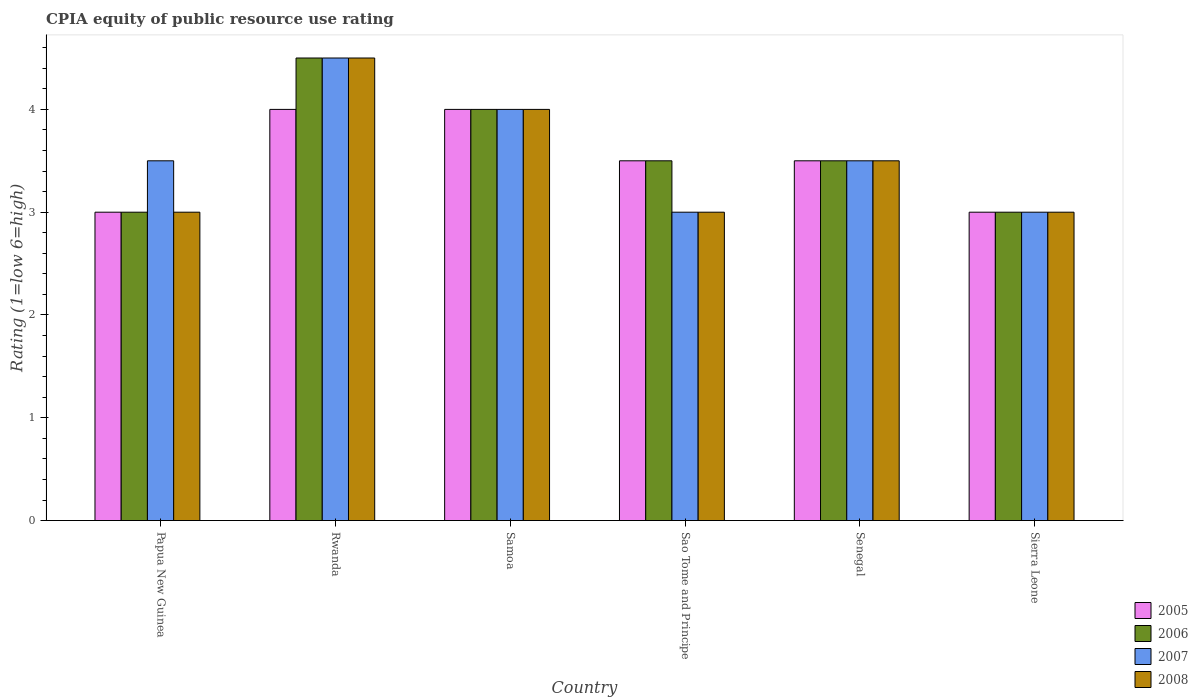
| Country | 2005 | 2006 | 2007 | 2008 |
 | --- | --- | --- | --- | --- |
 | Papua New Guinea | 3 | 3 | 3.5 | 3 |
 | Rwanda | 4 | 4.5 | 4.5 | 4.5 |
 | Samoa | 4 | 4 | 4 | 4 |
 | Sao Tome and Principe | 3.5 | 3.5 | 3 | 3 |
 | Senegal | 3.5 | 3.5 | 3.5 | 3.5 |
 | Sierra Leone | 3 | 3 | 3 | 3 |